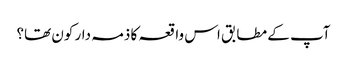
آپ کے مطابق اس واقعہ کا ذمہ دار کون تھا؟